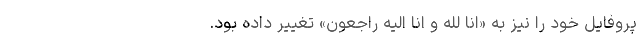
پروفایل خود را نیز به «انا لله و انا الیه راجعون» تغییر داده بود.